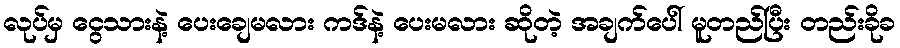
လုပ်မှ ငွေသားနဲ့ ပေးချေမလား ကဒ်နဲ့ ပေးမလား ဆိုတဲ့ အချက်ပေါ် မူတည်ပြီး တည်းခိုခ